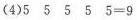
(3)$$5 5 5 5 5 = 9$$